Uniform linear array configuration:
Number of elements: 24
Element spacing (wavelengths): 1
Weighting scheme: exponential
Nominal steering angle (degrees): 15
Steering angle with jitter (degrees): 16.585
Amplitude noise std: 0.05
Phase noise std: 0.05

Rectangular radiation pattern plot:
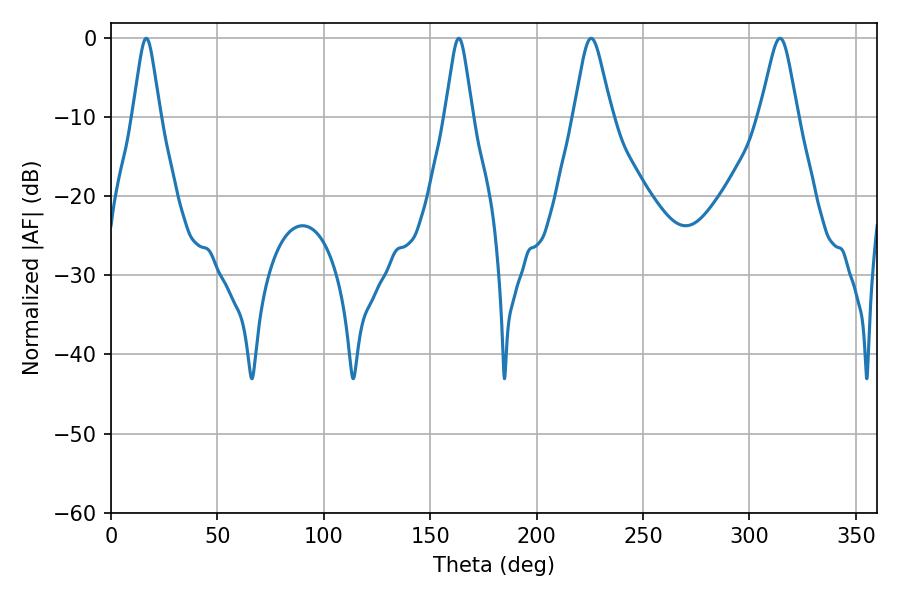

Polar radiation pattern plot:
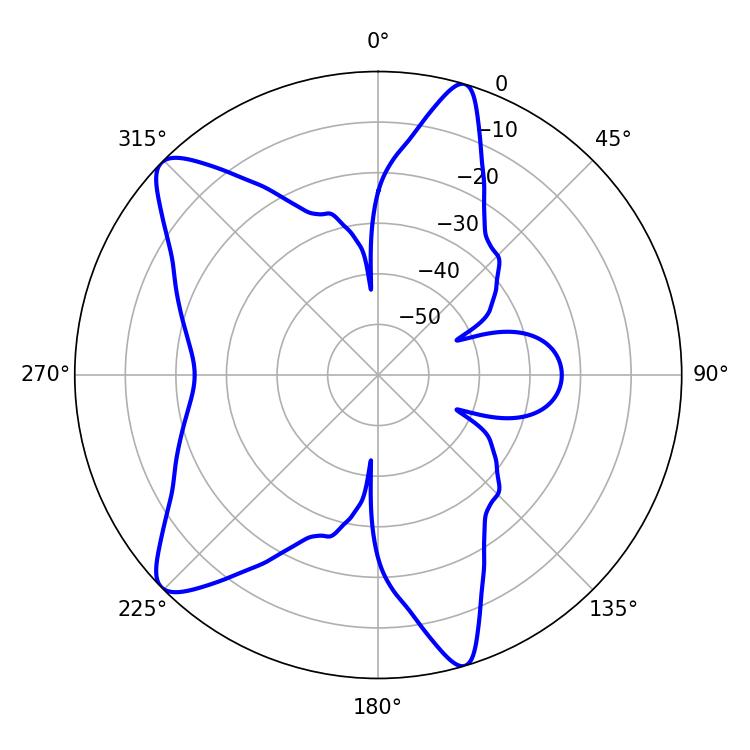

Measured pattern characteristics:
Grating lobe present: TRUE
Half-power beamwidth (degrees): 6.12
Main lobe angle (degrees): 16.56